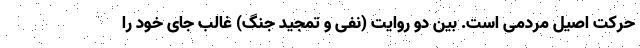
حرکت اصیل مردمی است. بین دو روایت (نفی و تمجید جنگ) غالب جای خود را